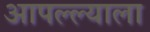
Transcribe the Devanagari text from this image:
आपल्ल्याला